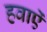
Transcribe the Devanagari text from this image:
हवाऐं